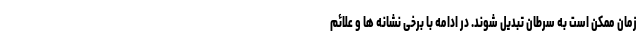
زمان ممکن است به سرطان تبدیل شوند. در ادامه با برخی نشانه ها و علائم